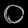
Digit: ၀